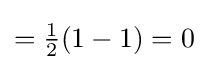
={\tfrac {1}{2}}(1-1)=0